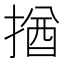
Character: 揂